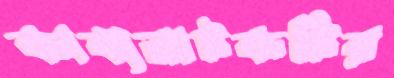
কাব্যনাটকটির